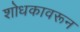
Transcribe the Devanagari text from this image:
शोधकावरून